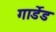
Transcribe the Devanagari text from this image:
गार्डेड